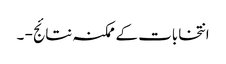
انتخابات کے ممکنہ نتائج - ۔